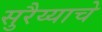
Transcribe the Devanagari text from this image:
सुरैय्याचे